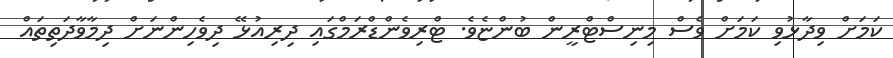
ކަމަށް ވިދާޅުވި ކަމަށް ވެސް މިނިސްޓްރީން ބުންޏެވެ. ޓްރިވެންޑްރަމްގައި ދިރިއުޅޭ ދިވެހިންނަށް ދިމާވާދަތިތައް